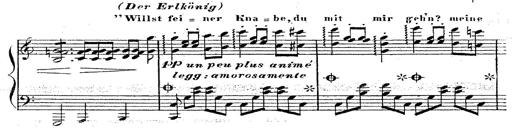
Title: 12 Lieder von Franz Schubert
Composer: Franz Liszt